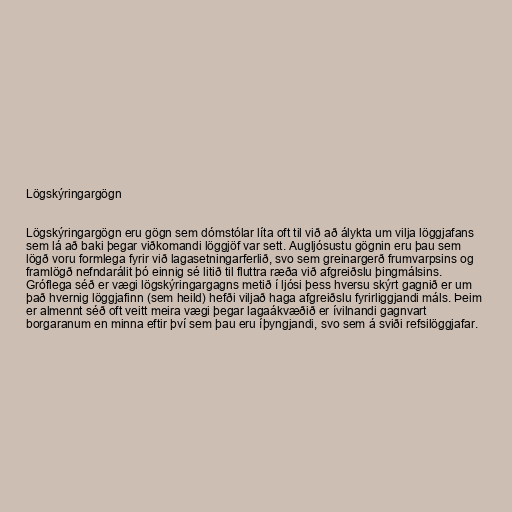
Lögskýringargögn

Lögskýringargögn eru gögn sem dómstólar líta oft til við að álykta um vilja löggjafans
sem lá að baki þegar viðkomandi löggjöf var sett. Augljósustu gögnin eru þau sem
lögð voru formlega fyrir við lagasetningarferlið, svo sem greinargerð frumvarpsins og
framlögð nefndarálit þó einnig sé litið til fluttra ræða við afgreiðslu þingmálsins.
Gróflega séð er vægi lögskýringargagns metið í ljósi þess hversu skýrt gagnið er um
það hvernig löggjafinn (sem heild) hefði viljað haga afgreiðslu fyrirliggjandi máls. Þeim
er almennt séð oft veitt meira vægi þegar lagaákvæðið er ívilnandi gagnvart
borgaranum en minna eftir því sem þau eru íþyngjandi, svo sem á sviði refsilöggjafar.